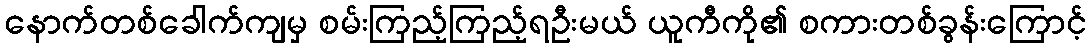
နောက်တစ်ခေါက်ကျမှ စမ်းကြည့်ကြည့်ရဦးမယ် ယူကီကို၏ စကားတစ်ခွန်းကြောင့်